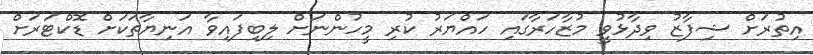
އިތުރަށް ޝިފާޒު ވިދާޅުވީ މުޒާހަރާގައި ހައްޔަރު ކުރި މީހުންނަށް ލިބިފައިވާ އަނިޔާތަކަށް ޑޮކްޓަރަށް